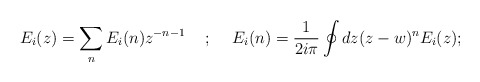
\begin{align*}E_{i}(z) = \sum_{n}E_{i}(n)z^{-n-1}\hspace{5mm} ;\hspace{5mm} E_{i}(n) =\frac{1}{2i\pi}\oint{dz(z - w)^{n}E_{i}(z)} ;\end{align*}